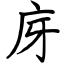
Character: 庌